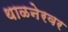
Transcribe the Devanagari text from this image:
थाळनेरवर